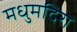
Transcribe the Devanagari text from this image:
मधुमदिरा